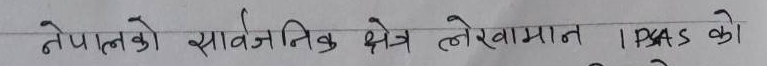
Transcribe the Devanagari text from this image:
नेपालको सार्वजनिक क्षेत्र लेखामा IPAS को